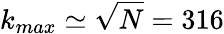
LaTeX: {k_{max}\simeq\sqrt{N}=316}